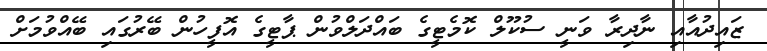
ޒައިދުއާއި ނާދިރާ ވަނީ ސުކޫލް ކޮމެޓީގެ ބައްދަލްވުން ޕާޓީގެ އޮފީހުން ބޭރުގައި ބޭއްވުމަށް